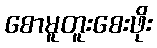
စောမူတူးစေးဖိုး